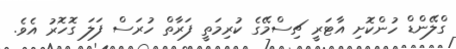
ގްލޭންޑް ހުންކޮށި އާޓަރީ ޗިސްމޭގެ ކުރިމަތީ ފަރާތް ހުރަސް ފަލަ ގޮހޮރު އެވެ.